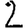
Digit: 2